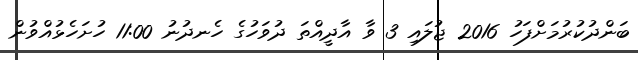
ބަންދުކުރުމަށްފަހު 2016 ޖުލައި 3 ވާ އާދީއްތަ ދުވަހުގެ ހެނދުނު 11:00 ހުށަހެޅުއްވުން